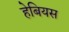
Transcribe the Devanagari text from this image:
हेबियस